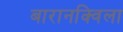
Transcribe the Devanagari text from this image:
बारानक्विला